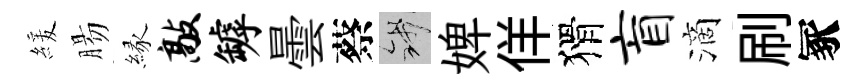
緩腸縁敲罅曇蔡錢婢佯猾盲滴刷冢